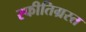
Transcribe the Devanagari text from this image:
स्फीतिग्रस्त